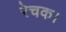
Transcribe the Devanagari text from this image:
रेचक।